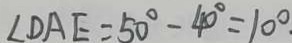
\angle D A E = 5 0 ^ { \circ } - 4 0 ^ { \circ } = 1 0 ^ { \circ }